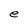
Character: e